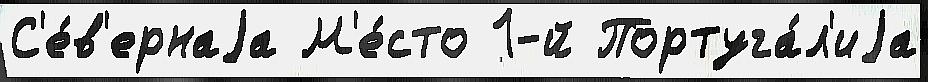
С'е́в'ернаjа М'е́сто 1-й Португа́л'иjа